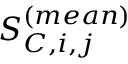
S _ { C , i , j } ^ { ( m e a n ) }